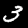
Label: 3